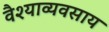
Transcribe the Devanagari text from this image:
वैश्याव्यवसाय